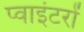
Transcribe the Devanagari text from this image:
प्वाइंटरों